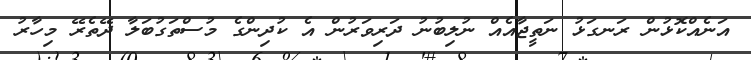
އަނެއްކޮޅުން ރަނގަޅު ނަތީޖާއެއް ނުލިބުނު ދަރިވަރުން އެ ކުދިންގެ މުސްތަގުބަލާ ދޭތެރޭ މިހާރު